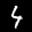
Label: 4